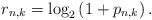
LaTeX: \begin{align*} r_{n,k} = \log_2 \left( 1 + p_{n,k} \right). \end{align*}